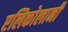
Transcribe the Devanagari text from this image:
एलिकोलानी